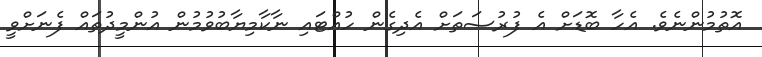
އޮތުމުންނެވެ. އެހާ ބޮޑަށް އެ ފުރުސަތަށް އެދިގެން ހުއްޓައި ނާކާމިޔާބުވުމުން އުންމީދުތައް ފެނަށްވީ